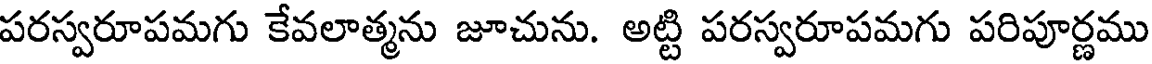
పరస్వరూపమగు కేవలాత్మను జూచును. అట్టి పరస్వరూపమగు పరిపూర్ణము